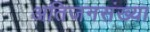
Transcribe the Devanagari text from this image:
अतिजनसंख्या